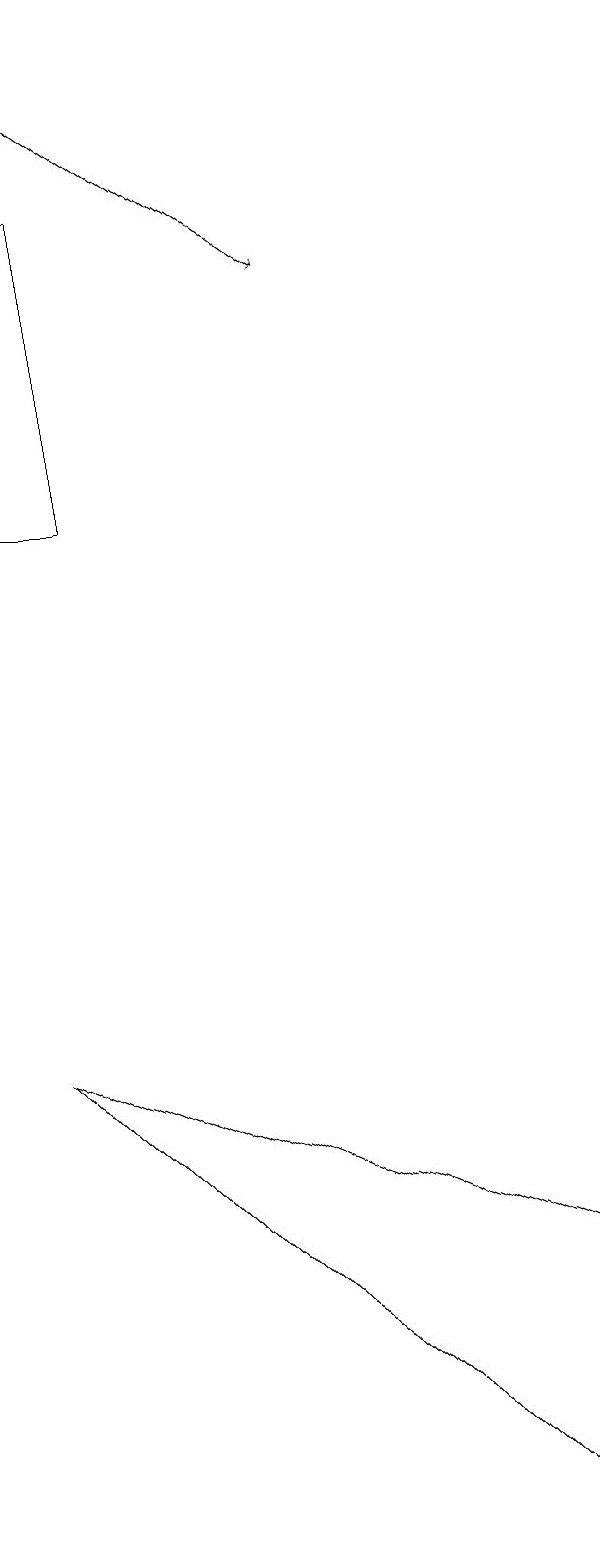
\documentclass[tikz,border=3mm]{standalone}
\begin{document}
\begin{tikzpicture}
\draw[->] (1,19) -- (5,16);
\draw (1,6) -- (7,0) -- (8,3) -- cycle;
\draw (1,17) rectangle (2,13);
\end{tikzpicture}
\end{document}